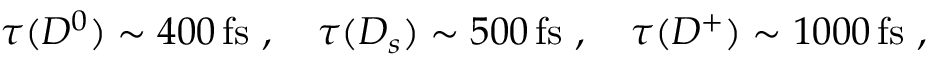
\tau ( D ^ { 0 } ) \sim 4 0 0 \, \mathrm { f s } ~ , \quad \tau ( D _ { s } ) \sim 5 0 0 \, \mathrm { f s } ~ , \quad \tau ( D ^ { + } ) \sim 1 0 0 0 \, \mathrm { f s } ~ ,